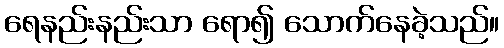
ရေနည်းနည်းသာ ရော၍ သောက်နေခဲ့သည်။